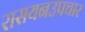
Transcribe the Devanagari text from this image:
रासयनउपचार